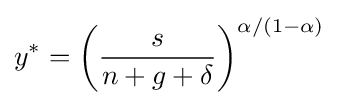
y^{*}=\left({\frac {s}{n+g+\delta }}\right)^{\alpha /(1-\alpha )}